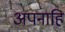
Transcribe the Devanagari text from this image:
अपनाहि